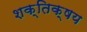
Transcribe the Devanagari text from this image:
शक्तिक्षय